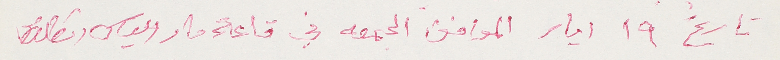
تاريخ ١٩ ايار الموافق الجمعة في قاعة مار الياس انطلياس